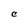
Character: C